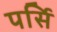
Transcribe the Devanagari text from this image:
पर्सि